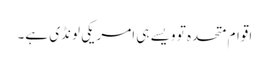
اقوام متحدہ تو ویسے ہی امریکی لونڈی ہے۔